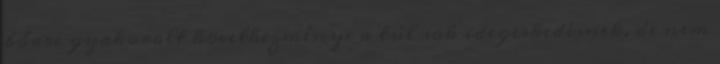
bőrre gyakorolt következménye a túl sok idegeskedésnek, de nem